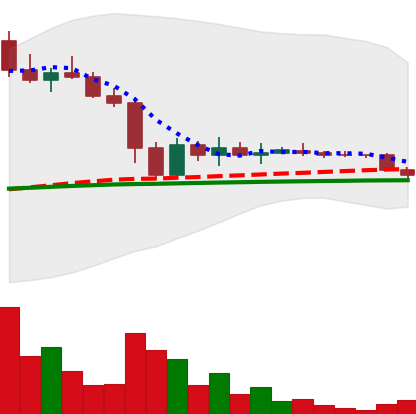
Ticker: DOGE-USD
Chart end date: 2022-11-21
Forward return: 19.11%
Label: up_7plus